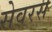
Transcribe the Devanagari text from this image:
सेवरस